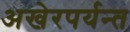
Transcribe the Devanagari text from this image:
अखेरपर्यन्त